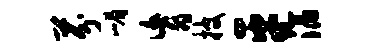
芬嵋肓披平滔